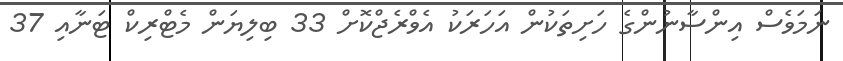
ނަމަވެސް އިންސާނުންގެ ހަށިތަކުން އަހަރަކު އެވްރެޖްކޮށް 33 ބިލިޔަން މެޓްރިކް ޓަނާއި 37